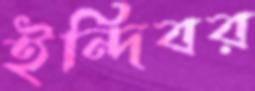
ইন্দিবর